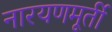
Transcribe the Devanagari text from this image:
नारयणमूर्ती